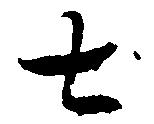
七